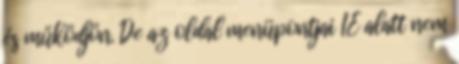
és működjön. De az oldal menüpontjai IE alatt nem